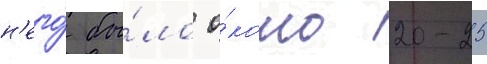
н'его́ бы́ло о́коло 20-25